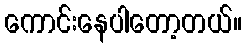
ကောင်းနေပါတော့တယ်။